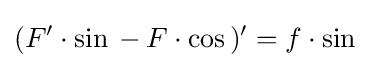
(F'\cdot \sin {}-F\cdot \cos {})'=f\cdot \sin